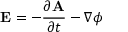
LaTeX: \mathbf { E } = - { \frac { \partial \mathbf { A } } { \partial t } } - \nabla \phi